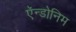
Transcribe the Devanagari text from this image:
ऍन्डोनिम